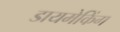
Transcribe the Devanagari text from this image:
डायमेकिंग